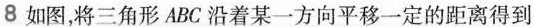
8如图，将三角形ABC沿着某一方向平移一定的距离得到